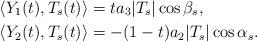
LaTeX: \begin{align*} & \langle Y_1(t), T_s(t) \rangle = t a_3|T_s|\cos\beta_s,\,\, \\ &\langle Y_2(t), T_s(t) \rangle = -(1-t) a_2|T_s|\cos\alpha_s.\end{align*}